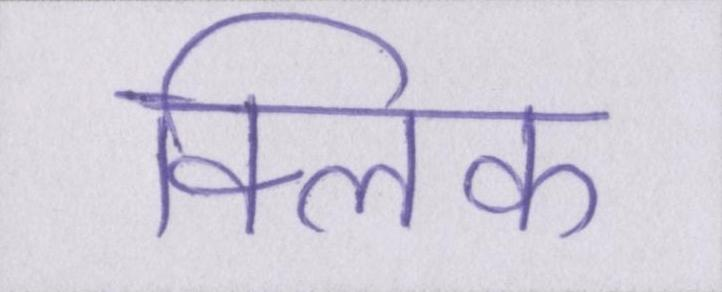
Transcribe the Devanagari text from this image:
क्लिक